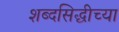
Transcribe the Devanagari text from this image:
शब्दसिद्धीच्या